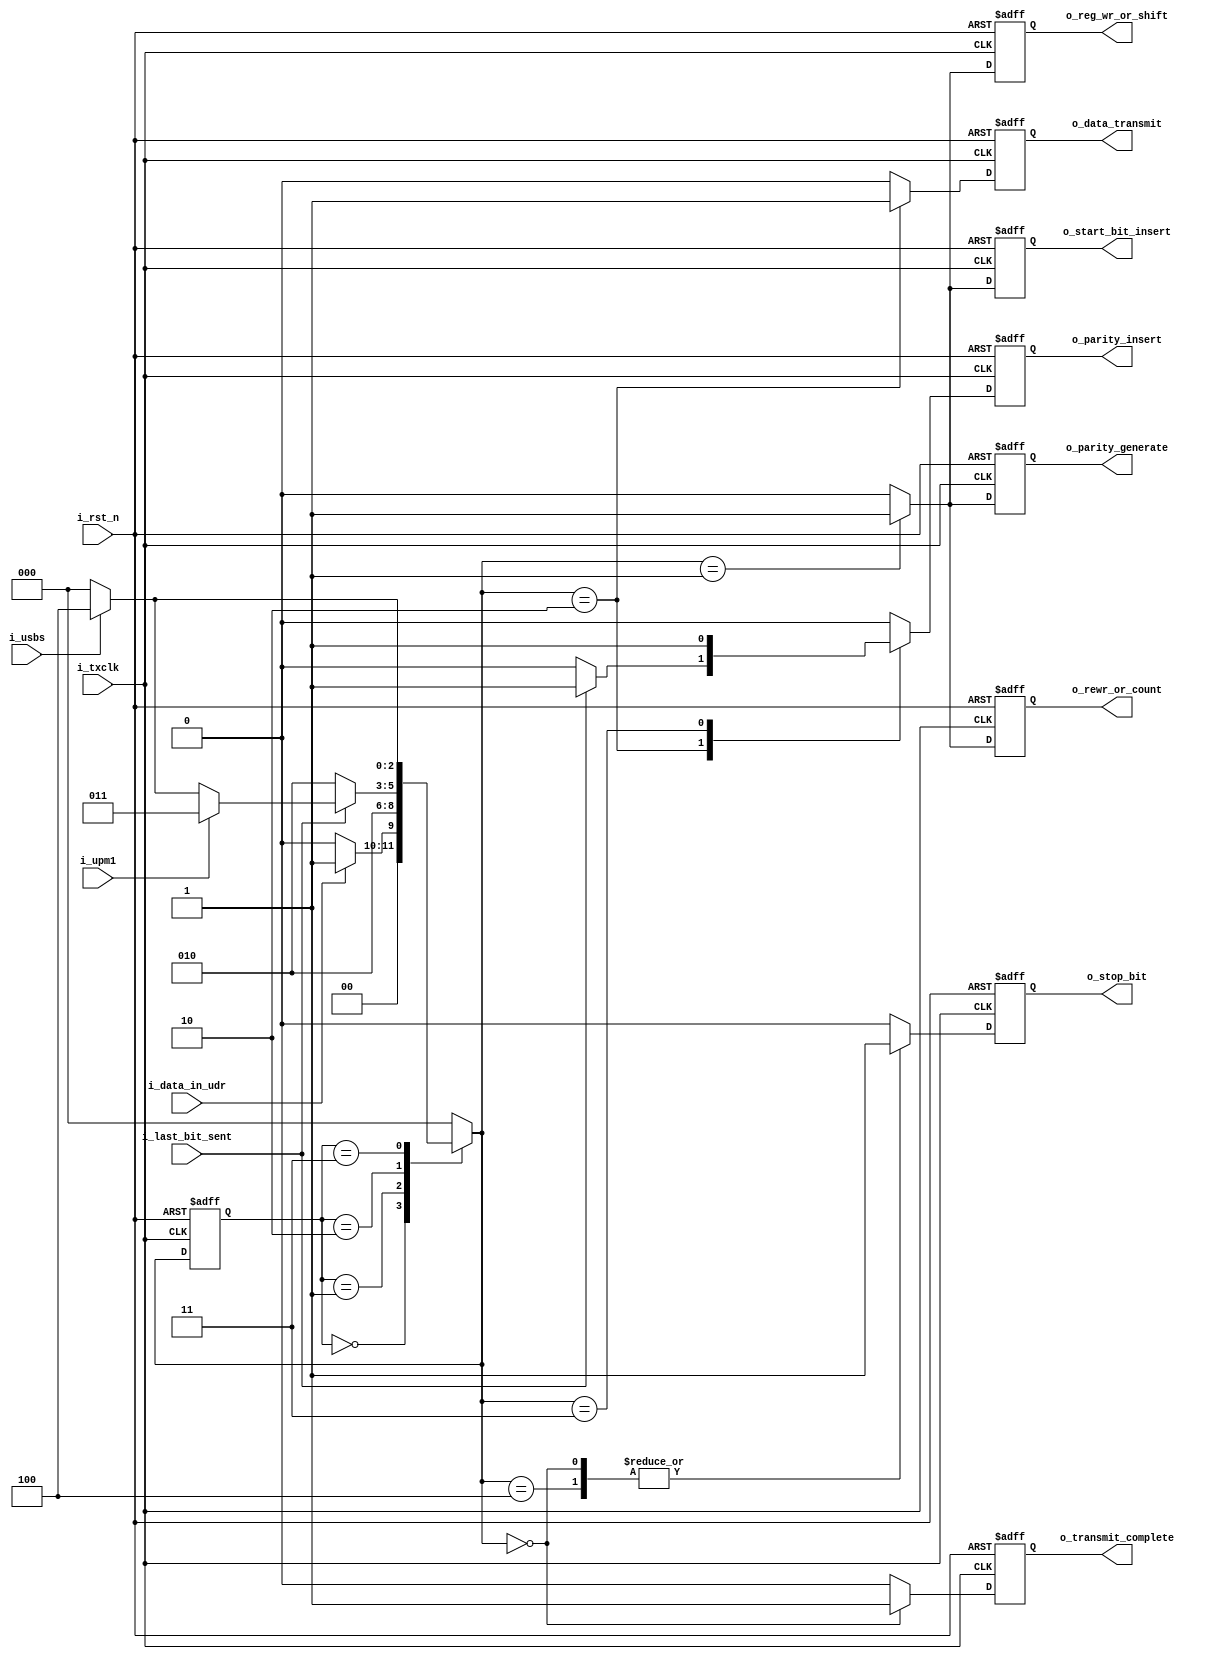
// ---------------------------------------------------------------------------
//
// Description:
//  <Description text here, indented multiple lines allowed>
//
//      by:     opo
// Updated:     $Date: 2011/08/09 12:38:38 $
//              $Author: tgu $
// Revision:    $Revision: 1.1 $
//
// Copyright (c) Melexis Digital Competence Center
//
// ---------------------------------------------------------------------------
module fsm_tx ( 
				i_txclk, 
				i_rst_n,
				i_data_in_udr,
				i_last_bit_sent,
				i_upm1,
				i_usbs,
				o_start_bit_insert,
				o_parity_generate,
    			o_reg_wr_or_shift,
    			o_rewr_or_count,
    			o_data_transmit,
    			o_parity_insert,
    			o_stop_bit,
    			o_transmit_complete,
              );
            
/*--------------------------Parameter--------------------------*/

parameter 					IDLE 				= 0, 
							START_TRANSMISSION	= 1,
							SEND_DATA			= 2,
							PARITY_INSERT		= 3,
							STOP_BIT			= 4;

/*--------------------------Input ports------------------------*/

input 					i_txclk;		// tx clock signal
input 					i_rst_n;		// system reset
input 					i_data_in_udr;	// new data in udr signal
input 					i_last_bit_sent;	  // last bit was sent, counter = 0

input 					i_upm1;			//	1 - parity enable, 0 - parity disable

input 					i_usbs; 		// stop bit select, 0 - 1-bit, 1 - 2-bit

/*--------------------------Ouput ports------------------------*/

output  reg 			o_start_bit_insert; // start bit signal insert

output  reg 			o_data_transmit; 	// signals that show that fsm in data transmit state

output  reg 			o_parity_generate; // signal for parity bit generation

output	reg				o_reg_wr_or_shift; // transmit shift register rewrite or shift en
										   // 1 - rewrite, 0 - send
output  reg 			o_rewr_or_count;   // bit couter rewrite of counter en
										   // 1 - rewrite, 0 - send
output  reg 			o_parity_insert;   // insert parity signal

output 	reg 			o_stop_bit;		   // enable signal for stop bit send

output 	reg 			o_transmit_complete; // transmition complete signal

/*--------------------------Inout ports------------------------*/

/*--------------------------Variables--------------------------*/

reg		[2:0]			state, next_state; 	// part of fsm state change logic 

/*--------------------------Sequential logic-------------------*/

always @(posedge i_txclk or negedge i_rst_n) begin : fsm_state_change_block
	if(~i_rst_n) begin : fsm_state_change_reset
		state <= IDLE;
	end else begin : fsm_state_change_operation
		state <= next_state;
	end
end

/*--------------------------Combinational logic----------------*/

always @(posedge i_txclk or negedge i_rst_n) begin : fsm_output_logic_block
	if(~i_rst_n) begin : fsm_output_logic_reset
		o_start_bit_insert  <= 0;
		o_parity_generate 	<= 0;
		o_reg_wr_or_shift 	<= 0;
		o_rewr_or_count	  	<= 0;
		o_parity_insert   	<= 0;
		o_stop_bit		  	<= 0;
		o_transmit_complete	<= 1;
		o_data_transmit		<= 0;
	end else begin : fsm_output_logic_operation
		o_start_bit_insert  <= 0;
		o_parity_generate 	<= 0;
		o_reg_wr_or_shift 	<= 0;
		o_rewr_or_count	  	<= 0;
		o_parity_insert   	<= 0;
		o_stop_bit		  	<= 0;
		o_transmit_complete	<= 0;
		o_data_transmit 	<= 0;
		case(next_state)
			IDLE: 	begin : idle_state_operation
						o_stop_bit 			<= 1;
						o_transmit_complete	<= 1;
					end
			START_TRANSMISSION:
					begin : start_transmissiom_operation
						o_reg_wr_or_shift 		<= 1;
						o_rewr_or_count	  		<= 1;
						o_parity_generate 		<= 1;
						o_start_bit_insert 		<= 1;
					end
			SEND_DATA:
					begin : send_data_operation
						o_data_transmit <= 1;
						if (i_last_bit_sent) o_parity_insert <= 1;
					end
			PARITY_INSERT:
					begin : parity_insert
						o_parity_insert <= 1;
					end
			STOP_BIT:
					begin : STOP_BIT_operation
						o_stop_bit		<= 1;
					end
		endcase
	end
end

/*--------------------------Finite state machine---------------*/

always @(*) begin : fsm_state_change_logic_block
	case (state)
		IDLE: 	if(i_data_in_udr) begin
					next_state = START_TRANSMISSION;
				end else begin
					next_state = IDLE;
				end
		START_TRANSMISSION:
					next_state = SEND_DATA;
		SEND_DATA:
				if (i_last_bit_sent) begin
					if (i_upm1) next_state = PARITY_INSERT;
					else begin
						if(i_usbs) 	next_state = STOP_BIT;
						else next_state = IDLE;
					end
				end else begin
					next_state = SEND_DATA;
				end
		PARITY_INSERT:
				if(i_usbs) next_state = STOP_BIT;
				else next_state = IDLE;
		STOP_BIT:
				next_state = IDLE;
		default: next_state = IDLE;
	endcase // state
end // fsm_state_change_logic_block

endmodule